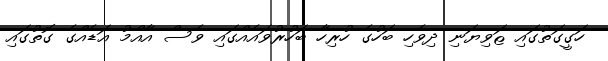
ހަގީގަތުގައި ޱަވިޔަނި ދިވެހި ބަހުގެ ހުރިހާ ބަހުރުވައެއްގައި ވެސް އާއްމު އަޑެއްގެ ގޮތުގައި